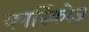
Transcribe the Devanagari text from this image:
कार्स्किरेज